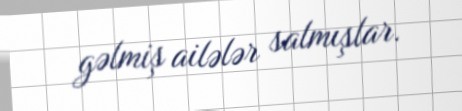
gəlmiş ailələr salmışlar.